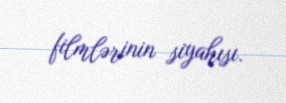
filmlərinin siyahısı.